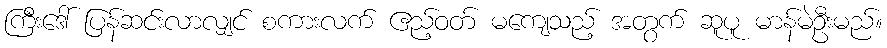
ကြီးဒေါ် ပြန်ဆင်းလာလျှင် စကားလက် ဧည့်ဝတ် မကျေသည့် အတွက် ဆူပူ မာန်မဲဦးမည်။